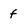
Character: f